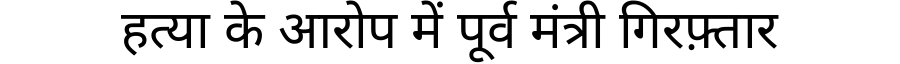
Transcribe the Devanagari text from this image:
हत्या के आरोप में पूर्व मंत्री गिरफ़्तार